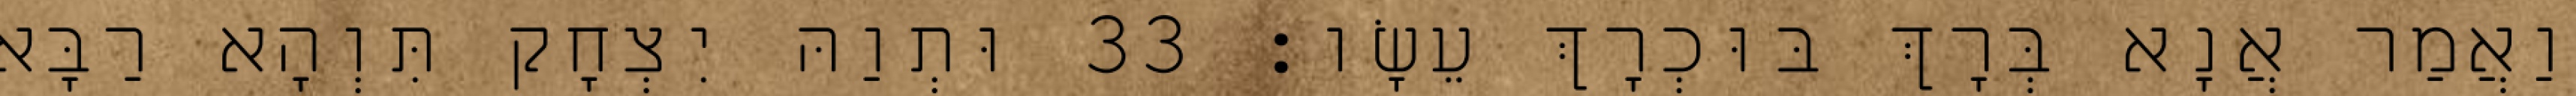
וַאֲמַר אֲנָא בְּרָךְ בּוּכְרָךְ עֵשָׂו׃ 33 וּתְוַהּ יִצְחָק תִּוְהָא רַבָּא